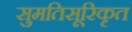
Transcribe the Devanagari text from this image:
सुमतिसूरिकृत